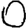
Digit: 0